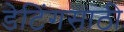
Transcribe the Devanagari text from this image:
डेटिंगसाठी